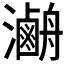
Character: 𤃯